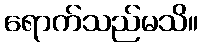
ရောက်သည်မသိ။